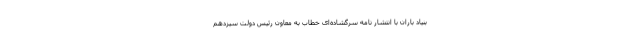
بنیاد باران با انتشار نامه سرگشاده‌ای خطاب به معاون رئیس دولت سیزدهم